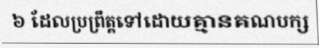
៦ ដែលប្រព្រឹត្តទៅដោយគ្មានគណបក្ស